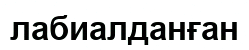
лабиалданған